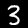
Digit: 3